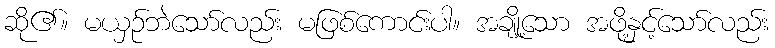
ဆို၏။ မယှဉ်ဘဲသော်လည်း မဖြစ်ကောင်းပါ။ အချို့သော အဖို့နှင့်သော်လည်း